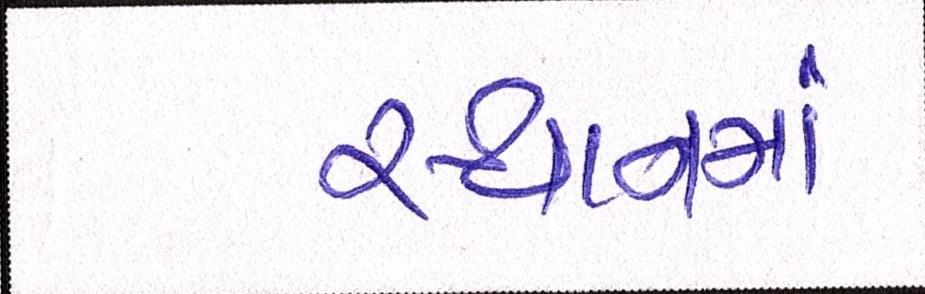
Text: સ્થાનમાં